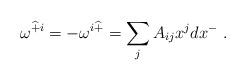
LaTeX: \begin{align*} \omega^{\widehat{+}i} = -\omega^{i\widehat{+}} = \sum_j A_{ij} x^j dx^-~.\end{align*}